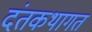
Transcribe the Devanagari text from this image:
दंतकथागत